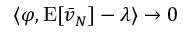
\langle \varphi , \operatorname { E } [ { \bar { v } } _ { N } ] - \lambda \rangle \to 0